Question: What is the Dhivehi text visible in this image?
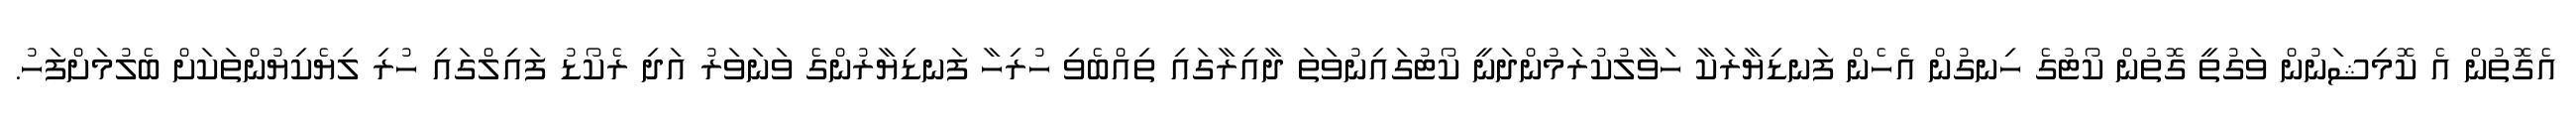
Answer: އެގޮތުން އެ ކޮމިޝަނުން ވަގުތީ ގޮތުން ކޯޓުގެ ހިނގުން އެހެން ފަނޑިޔާރަކާ ހަވާލުކުރަމުންދަނީ ކޯޓުގައިނުވަތަ ދާއިރާގައި ތިއްބެވި ހުރިހާ ފަނޑިޔާރުންގެ ވަނަވަރު އަދި ރެކޯޑު ފައިލްގައި ހުރި ލިޔެކިޔުންތަކަށް ބެލުމަށްފަހު.